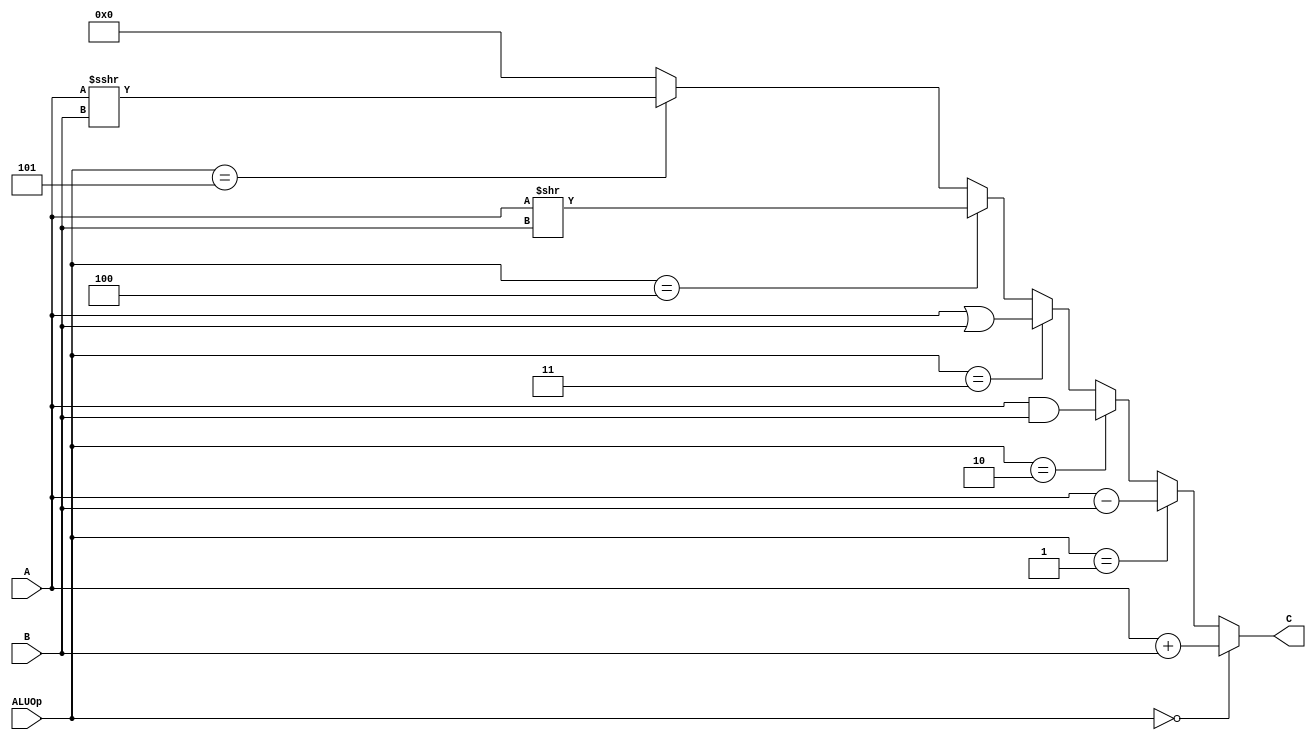
module alu (
    input [31:0] A,
    input [31:0] B,
    input [2:0] ALUOp,
    output [31:0] C
);

wire [31:0] add = A + B;
wire [31:0] sub = A - B;
wire [31:0] with = A & B;
wire [31:0] huo = A | B;
wire [31:0] logic_shift = A >> B;
wire [31:0] math_shift = $signed(A) >>> B;

    assign C = (ALUOp == 3'b000) ? add:
               (ALUOp == 3'b001) ? sub:
               (ALUOp == 3'b010) ? with:
               (ALUOp == 3'b011) ? huo:
               (ALUOp == 3'b100) ? logic_shift:
               (ALUOp == 3'b101) ? math_shift:
                32'b000;
endmodule